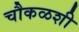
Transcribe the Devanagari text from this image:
चौकळशी